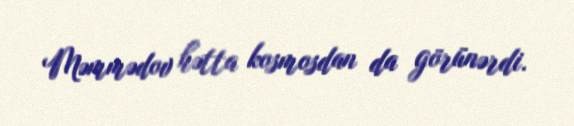
Məmmədov hətta kosmosdan da görünərdi.